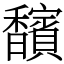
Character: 馪